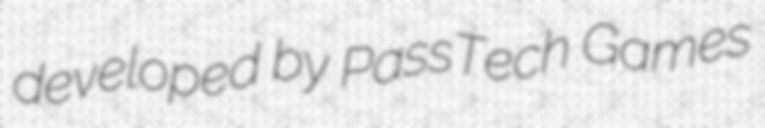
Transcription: developed by PassTech Games